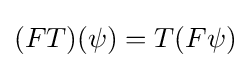
(FT)(\psi )=T(F\psi )